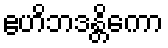
ဧဟိဘဒန္တိကော